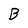
Character: B